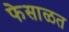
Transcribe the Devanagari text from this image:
फेसाळत